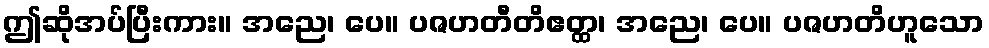
ဤဆိုအပ်ပြီးကား။ အညေ၊ ပေ။ ပဇဟတီတိဧတ္ထ၊ အညေ၊ ပေ။ ပဇဟတိဟူသော